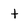
Character: t